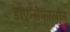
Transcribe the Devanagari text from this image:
डाएन्सेफालोन